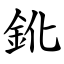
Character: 鈋